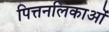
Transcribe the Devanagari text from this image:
पित्तनलिकाओं